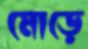
মোড়ে